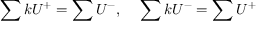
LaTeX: \sum k U ^ { + } = \sum U ^ { - } , ~ ~ ~ \sum k U ^ { - } = \sum U ^ { + }